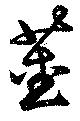
莖